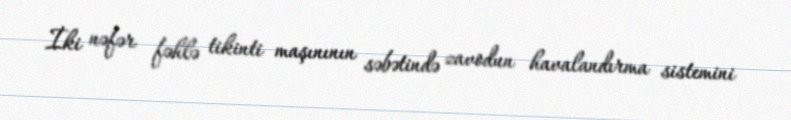
İki nəfər fəhlə tikinti maşınının səbətində zavodun havalandırma sistemini